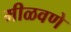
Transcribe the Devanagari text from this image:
मीळवणे